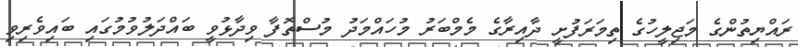
ރައްޔިތުންގެ މަޖިލީހުގެ ތިމަރަފުށީ ދާއިރާގެ މެމްބަރު މުހައްމަދު މުސްތޮފާ ވިދާޅުވީ ބައްދަލުވުމުގައި ބައިވެރިވި